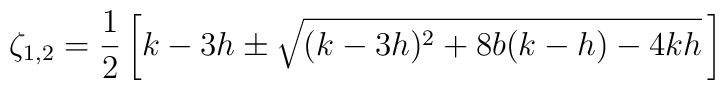
\zeta_{1,2}=\frac{1}{2}\left[k-3h\pm\sqrt{(k-3h)^{2}+8b(k-h)-4kh}\,\right]